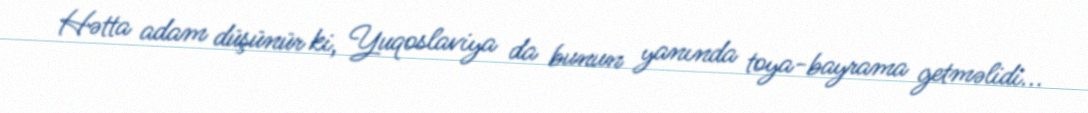
Hətta adam düşünür ki, Yuqoslaviya da bunun yanında toya-bayrama getməlidi...